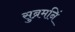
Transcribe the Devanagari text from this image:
सुब्रमनिं